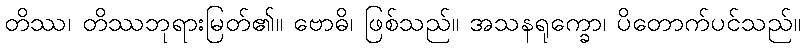
တိဿ၊ တိဿဘုရားမြတ်၏။ ဗောဓိ၊ ဖြစ်သည်။ အသနရုက္ခော၊ ပိတောက်ပင်သည်။